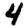
Digit: 4